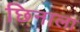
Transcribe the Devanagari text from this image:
छिनाला